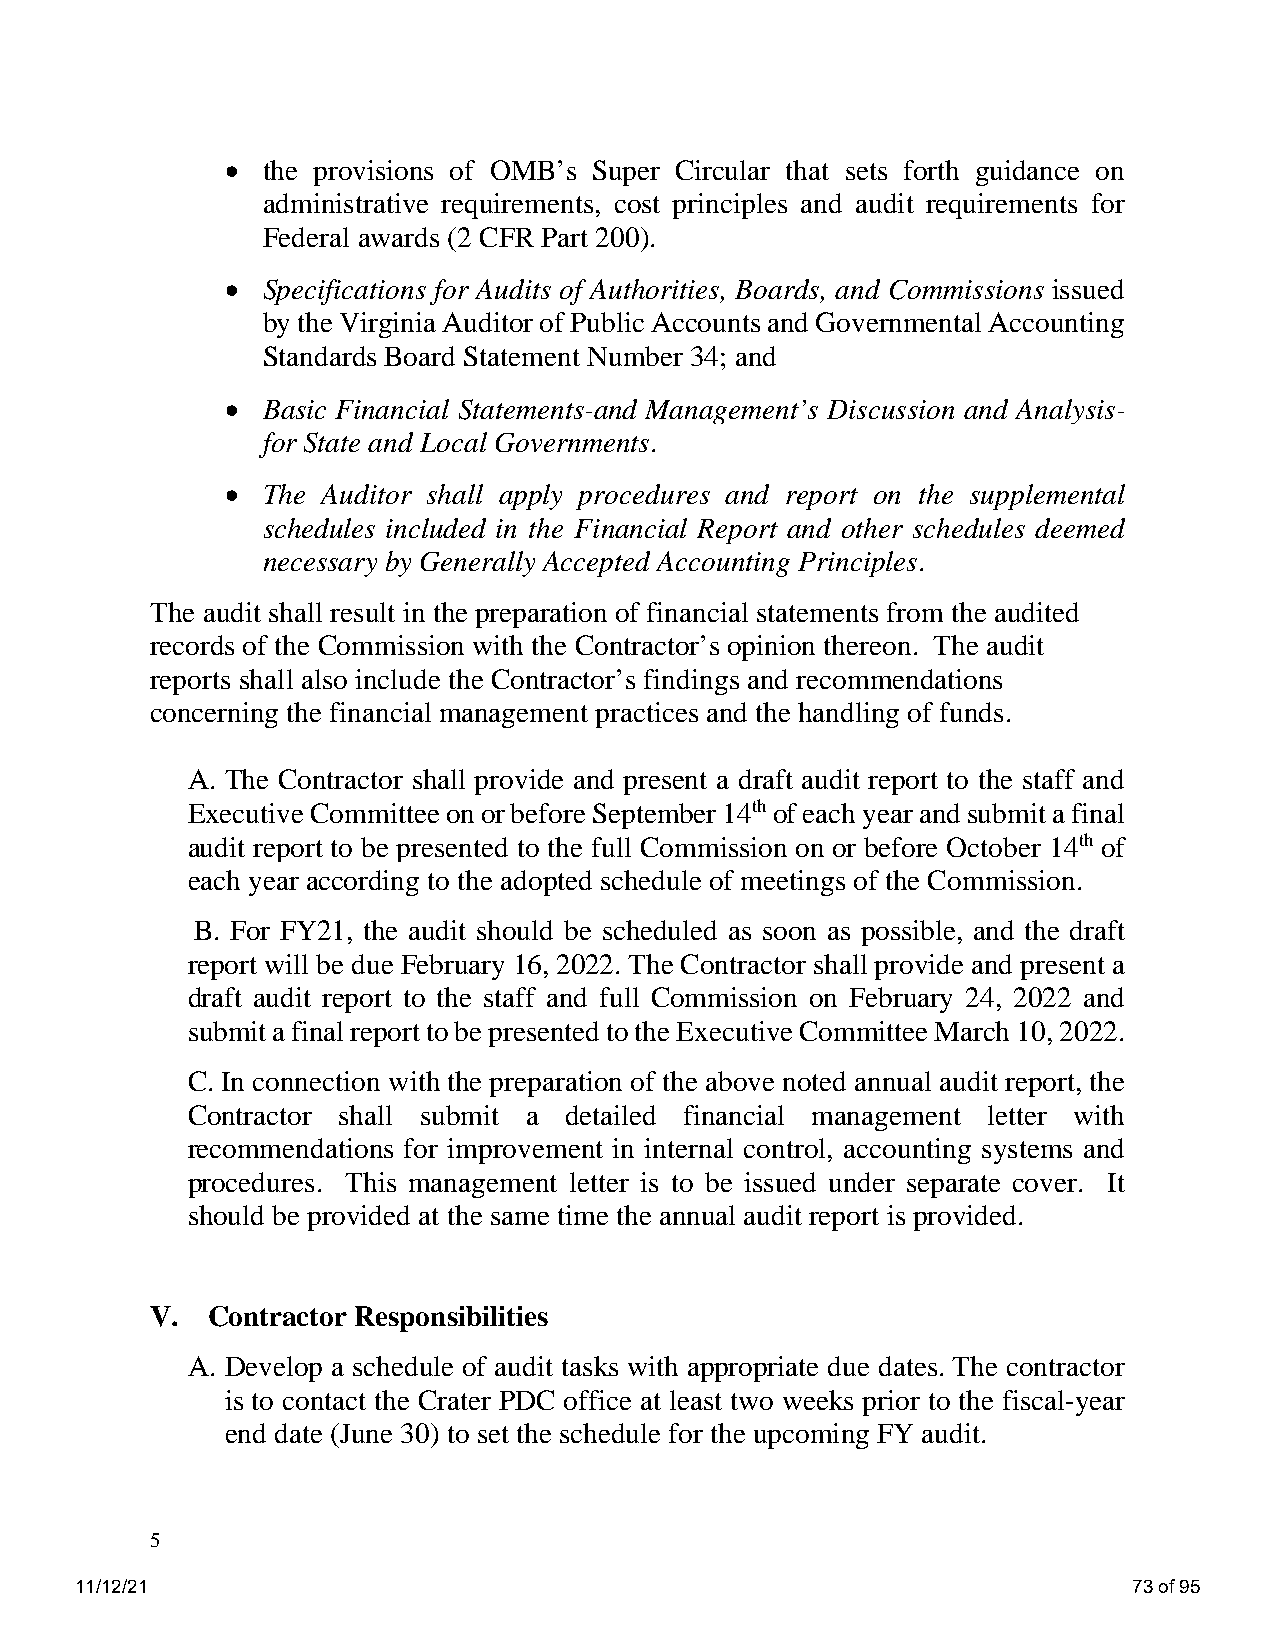
• the provisions of OMB’s Super Circular that sets forth guidance on
 administrative requirements, cost principles and audit requirements for
 Federal awards (2 CFR Part 200).
 • Specifications for Audits of Authorities, Boards, and Commissions issued
 by the Virginia Auditor of Public Accounts and Governmental Accounting
 Standards Board Statement Number 34; and
 • Basic Financial Statements-and Management’s Discussion and Analysis-
 for State and Local Governments.
 • The Auditor shall apply procedures and report on the supplemental
 schedules included in the Financial Report and other schedules deemed
 necessary by Generally Accepted Accounting Principles.
 The audit shall result in the preparation of financial statements from the audited
 records of the Commission with the Contractor’s opinion thereon. The audit
 reports shall also include the Contractor’s findings and recommendations
 concerning the financial management practices and the handling of funds.
 A. The Contractor shall provide and present a draft audit report to the staff and
 Executive Committee on or before September 14th of each year and submit a final
 audit report to be presented to the full Commission on or before October 14th of
 each year according to the adopted schedule of meetings of the Commission.
 B. For FY21, the audit should be scheduled as soon as possible, and the draft
 report will be due February 16, 2022. The Contractor shall provide and present a
 draft audit report to the staff and full Commission on February 24, 2022 and
 submit a final report to be presented to the Executive Committee March 10, 2022.
 C. In connection with the preparation of the above noted annual audit report, the
 Contractor shall submit a detailed financial management letter with
 recommendations for improvement in internal control, accounting systems and
 procedures. This management letter is to be issued under separate cover. It
 should be provided at the same time the annual audit report is provided.
 V.  Contractor Responsibilities
 A. Develop a schedule of audit tasks with appropriate due dates. The contractor
 is to contact the Crater PDC office at least two weeks prior to the fiscal-year
 end date (June 30) to set the schedule for the upcoming FY audit.
 5
 11/12/21                                                              73 of 95